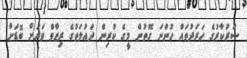
ސަރުކާރުގެ ހަރަދުތައް ހުންނަ ގޮތުން މީގެ ކުރިން ދައުލަތުގެ ރިޒާވް ވަރަށް ބޮޑަށް